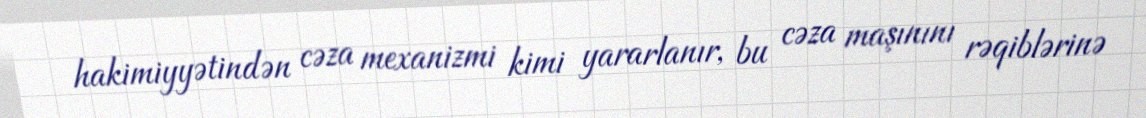
hakimiyyətindən cəza mexanizmi kimi yararlanır, bu cəza maşınını rəqiblərinə